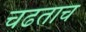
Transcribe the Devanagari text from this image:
चढताच